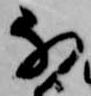
な